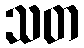
သတ